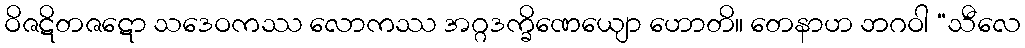
ဝိဇဋိတဇဋော သဒေဝကဿ လောကဿ အဂ္ဂဒက္ခိဏေယျော ဟောတိ။ တေနာဟ ဘဂဝါ “သီလေ